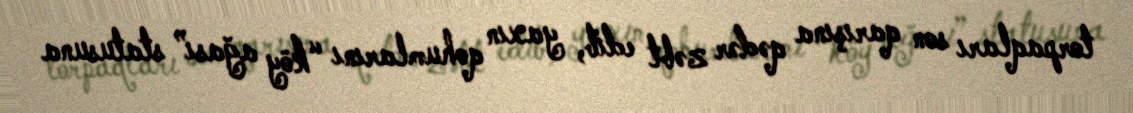
torpaqları son qarışına qədər zəbt edib, yaxın qohumlarını “köy ağası” statusuna